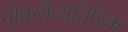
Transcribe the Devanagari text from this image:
नोकरीव्यतिरिक्त